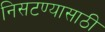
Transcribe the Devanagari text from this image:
निसटण्यासाठी